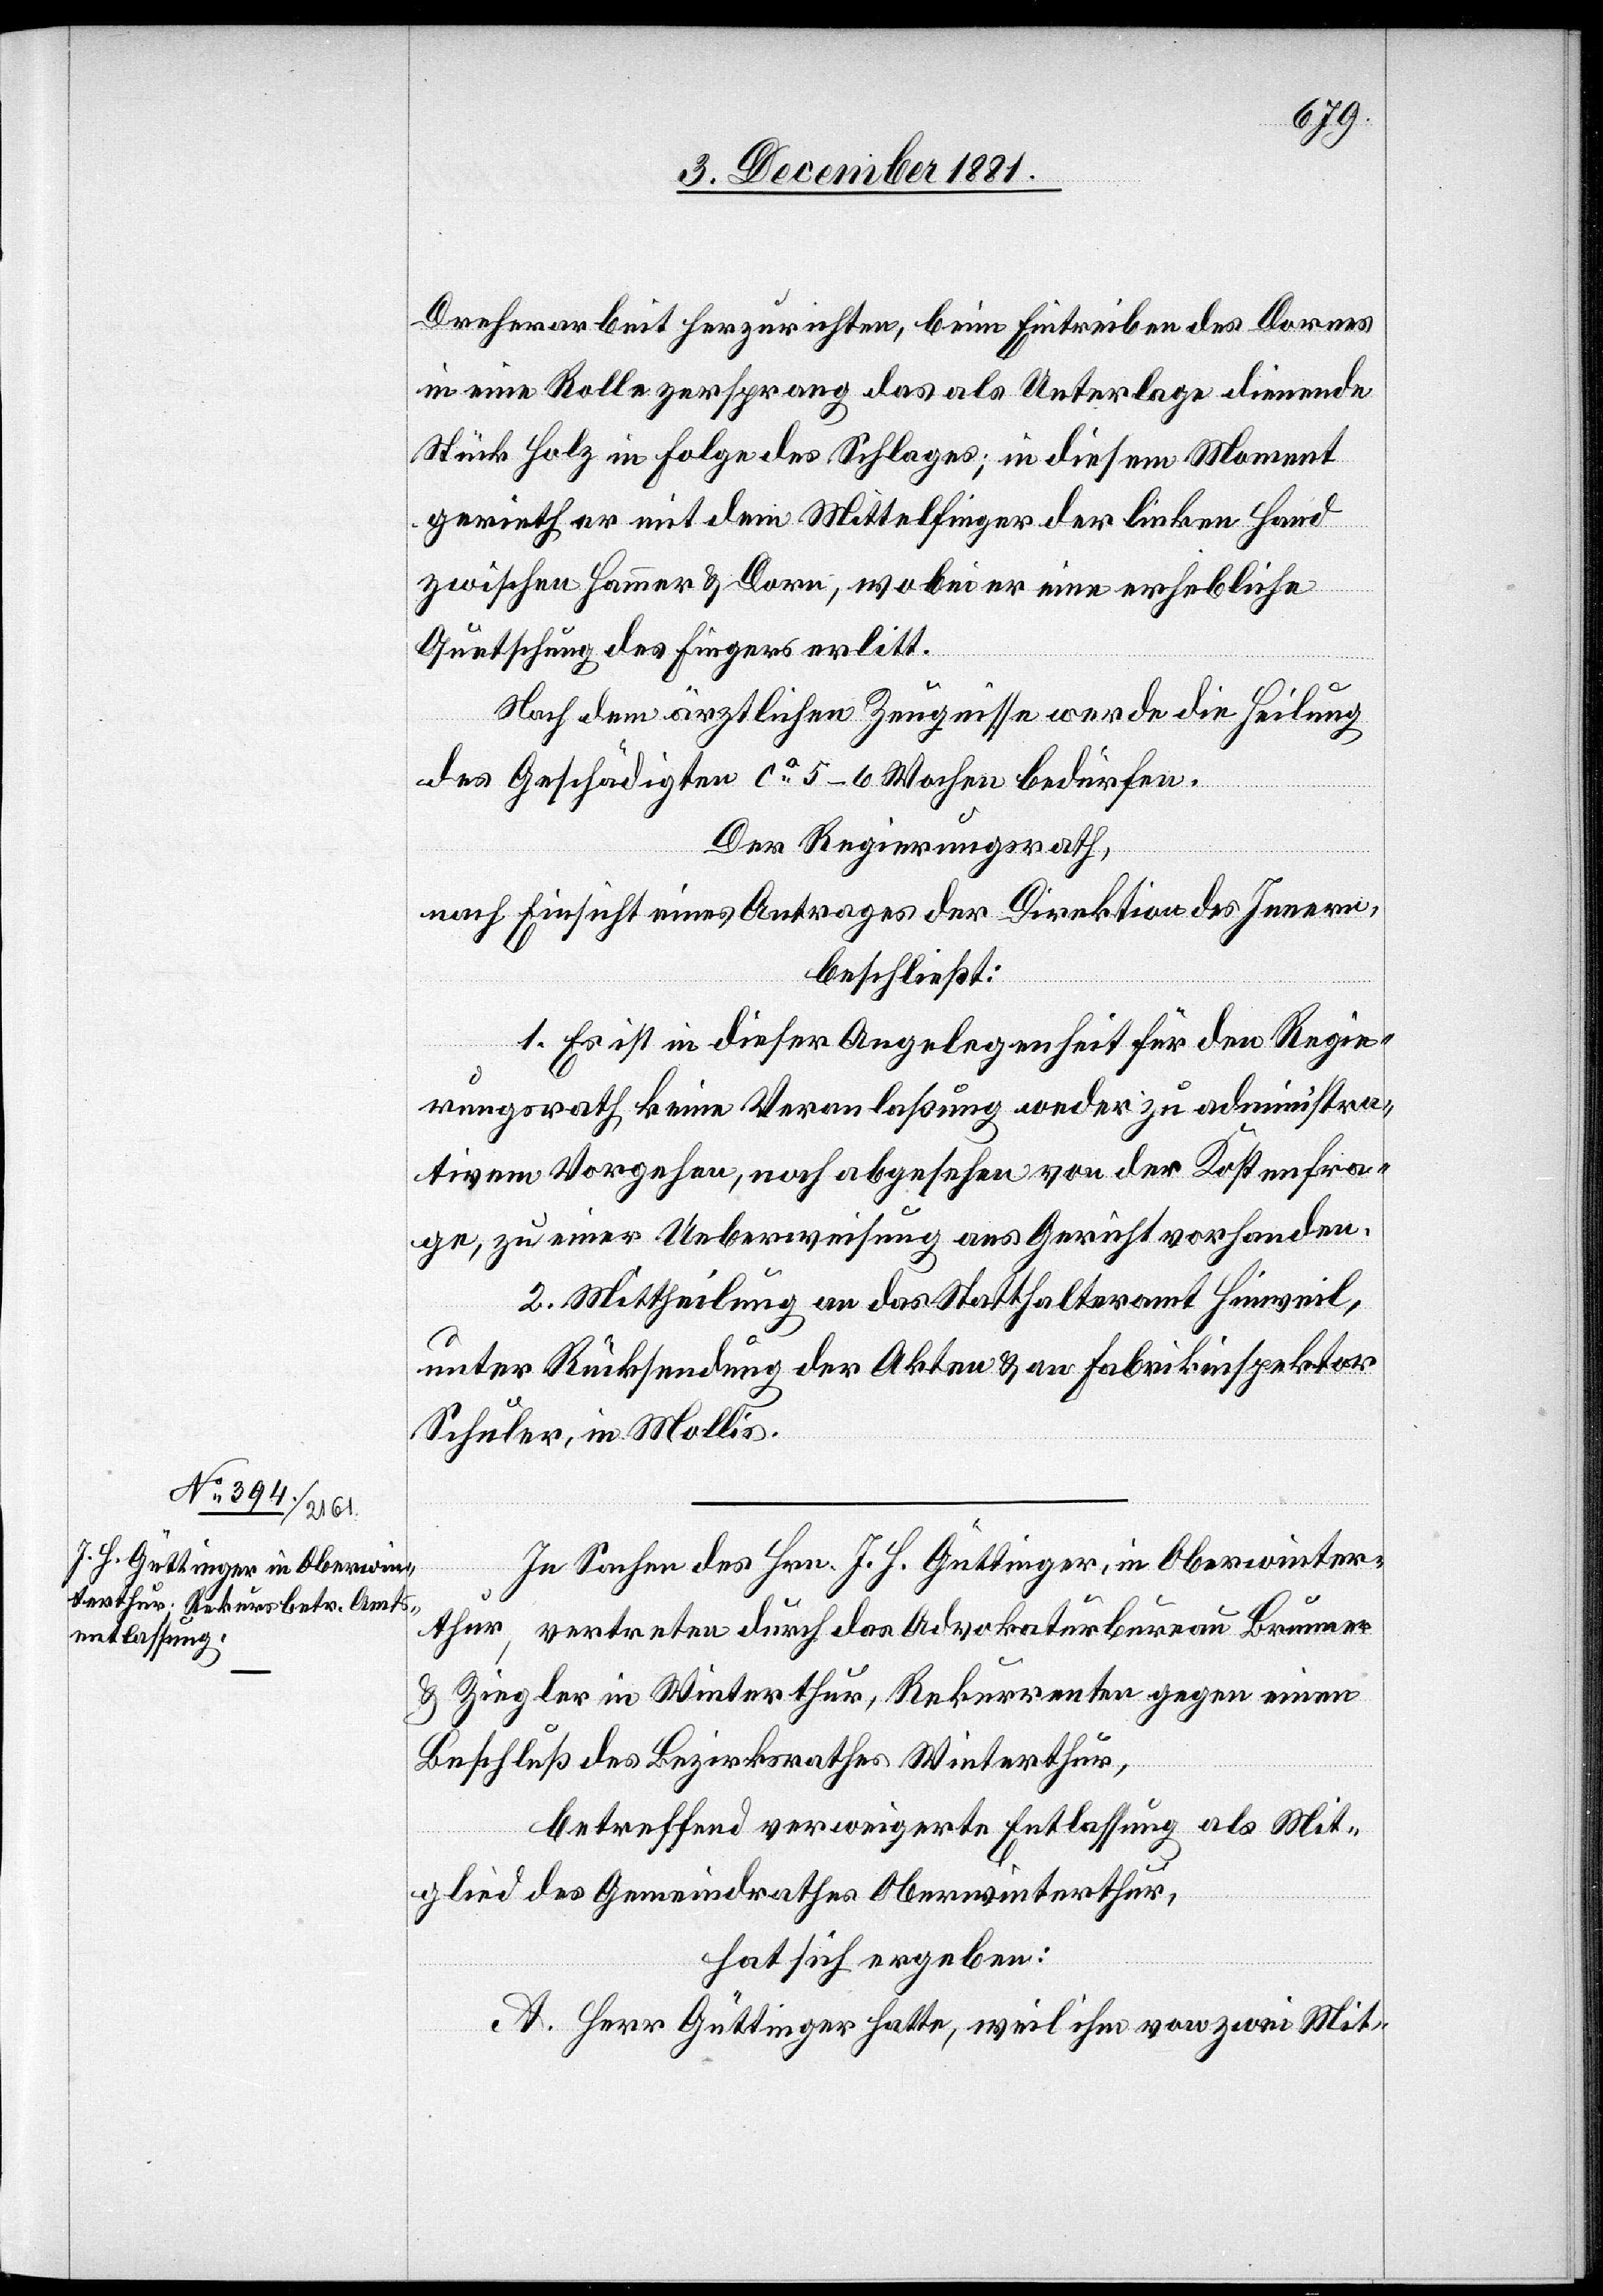
Dreherarbeit herzurichten, beim Eintreiben des Dornes
in eine Rolle zersprang das als Unterlage dienende
Stück Holz in Folge des Schlages; in diesem Moment
gerieht er mit dem Mittelfinger der linken Hand
zwischen Hammer & Dorn, wobei er eine erhebliche
Quetschung des Fingers erlitt.
Nach dem ärztlichen Zeugnisse werde die Heilung
des Geschädigten ca 5–6 Wochen bedürfen.
Der Regierungsrath,
nach Einsicht eines Antrages der Direktion des Innern,
beschließt:
1. Es ist in dieser Angelegenheit für den Regie¬
rungsrath keine Veranlaßung weder zu administra¬
tivem Vorgehen, noch abgesehen von der Kostenfra¬
ge, zu einer Ueberweisung ans Gericht vorhanden.
2. Mittheilung an das Statthalteramt Hinweil,
unter Rücksendung der Akten & an Fabrikinspektor
Schuler, in Mollis.
In Sachen des Hrn. J. H. Güttinger, in Oberwinter¬
thur, vertreten durch das Advokaturbureau Brunner
& Ziegler in Winterthur, Rekurrenten gegen einen
Beschluß des Bezirksrathes Winterthur,
betreffend verweigerte Entlassung als Mit¬
glied des Gemeindrathes Oberwinterthur,
hat sich ergeben:
A. Herr Güttinger hatte, weil ihm von zwei Mit-